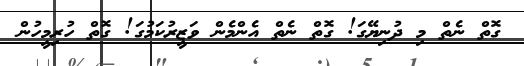
ގޮތް ނެތް މި ދުނިޔޭގަ! ގޮތް ނެތް އެންމެން ވަޒީރުކަމުގަ! ގޮތް ހުރިމީހުން